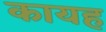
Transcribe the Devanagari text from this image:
कायह